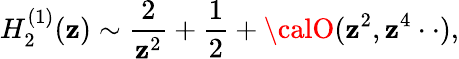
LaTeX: H_{2}^{(1)}(\mathbf{z})\sim\frac{{2}}{{\mathbf{z}^{2}}}+\frac{{1}}{{2}}+{\calO}(\mathbf{z}^{2},\mathbf{z}^{4}\cdot\cdot),